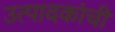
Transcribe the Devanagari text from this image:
उत्पादकांची